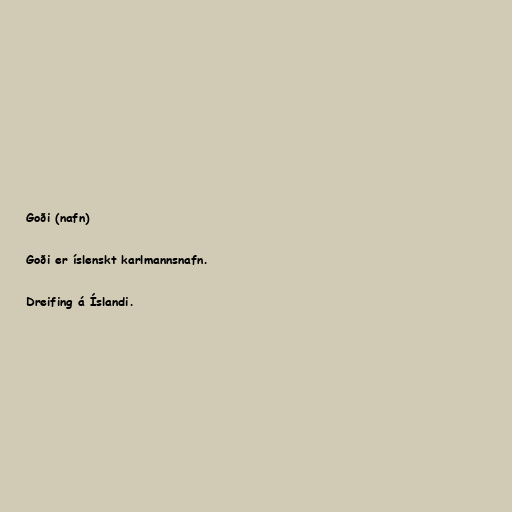
Goði (nafn)

Goði er íslenskt karlmannsnafn.

Dreifing á Íslandi.